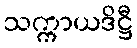
သက္ကာယဒိဋ္ဌီ